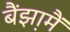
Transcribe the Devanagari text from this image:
बैंझ़ामैं